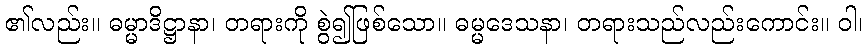
၏လည်း။ ဓမ္မာဒိဋ္ဌာနာ၊ တရားကို စွဲ၍ဖြစ်သော။ ဓမ္မဒေသနာ၊ တရားသည်လည်းကောင်း။ ဝါ၊